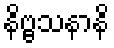
နိဗ္ဗသနာနိ